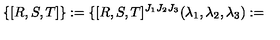
\{ [ R , S , T ] \} : = \{ [ R , S , T ] ^ { J _ { 1 } J _ { 2 } J _ { 3 } } ( \lambda _ { 1 } , \lambda _ { 2 } , \lambda _ { 3 } ) : =